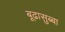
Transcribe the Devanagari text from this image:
बूढासुब्बा